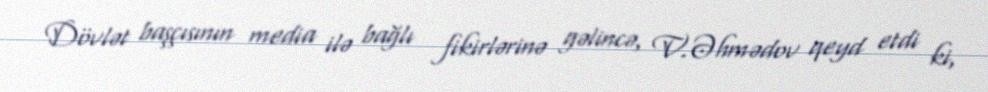
Dövlət başçısının media ilə bağlı fikirlərinə gəlincə, V.Əhmədov qeyd etdi ki,